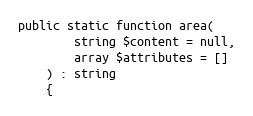
Language: PHP
public static function area(
        string $content = null,
        array $attributes = []
    ) : string
    {